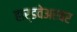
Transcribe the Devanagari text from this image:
हार्डवेअरवर